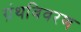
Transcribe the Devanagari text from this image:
ग्रंथविवरण